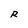
Character: R